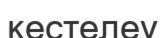
кестелеу